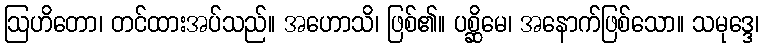
ဩဟိတော၊ တင်ထားအပ်သည်။ အဟောသိ၊ ဖြစ်၏။ ပစ္ဆိမေ၊ အနောက်ဖြစ်သော။ သမုဒ္ဒေ၊